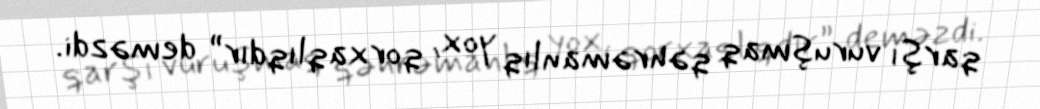
qarşı vuruşmaq qəhrəmanlıq yox, qorxaqlıqdır” deməzdi.